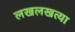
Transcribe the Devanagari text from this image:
लखलखत्या